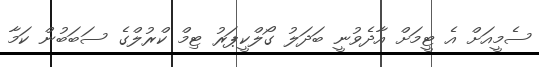
ސެމީއަށް އެ ޓީމަށް އާދެވުނީ ބަދަލު ގޯލްކީޕަރު ޓިމް ކްރުލްގެ ސަބަބުން ކަމާ